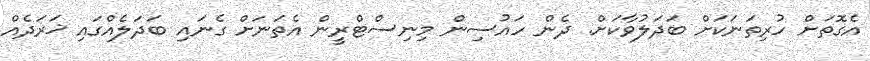
އެގޮތަށް ހުރިތަނަކަށް ބަދަލުވާކަށް. ދެން ހައުސިން މިނިސްޓްރީން އެތަނަށް ގެނައި ބަދަލެއްގައި ޚަރަދެއް